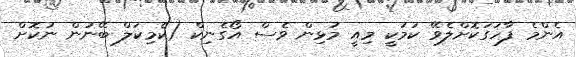
އެންމެ ފާހަގަކޮށްލެވޭ ކަމަކީ މިއީ މުޅިން ވެސް އޯގެނިކް (ކެމިކަލް ބޭނުން ނުކޮށް